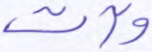
وآت